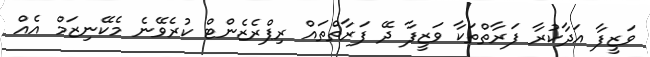
ވަޒީފާ އަދާކުރާ ފަރާތްތަކާ ވަޒީފާ ދޭ ފަރާތްތައް ރިޕްރެޒެންޓް ކުރެވޭނެ މެކޭނިޒަމް އެއް